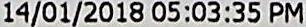
14/01/2018 05:03:35 PM